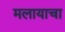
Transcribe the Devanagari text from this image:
मलायाचा